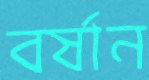
বর্ষান